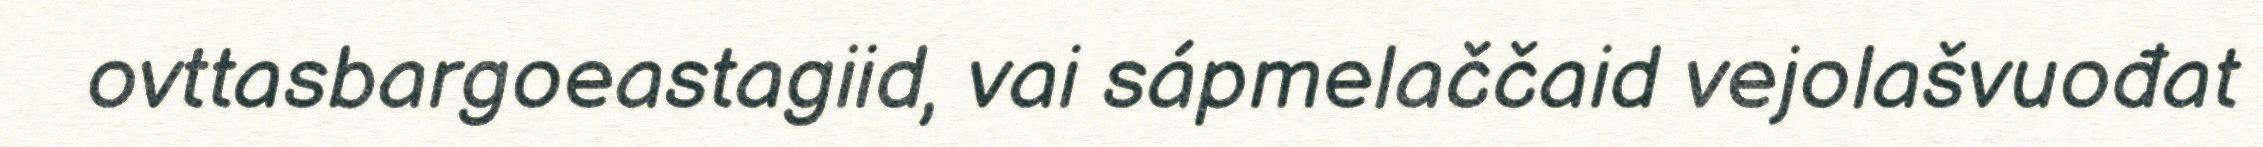
ovttasbargoeastagiid, vai sápmelaččaid vejolašvuođat